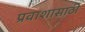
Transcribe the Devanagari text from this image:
प्रवाशासाठी